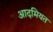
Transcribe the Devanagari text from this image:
आदमियत